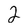
Character: 2